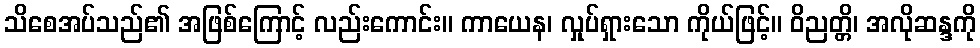
သိစေအပ်သည်၏ အဖြစ်ကြောင့် လည်းကောင်း။ ကာယေန၊ လှုပ်ရှားသော ကိုယ်ဖြင့်။ ဝိညတ္တိ၊ အလိုဆန္ဒကို